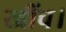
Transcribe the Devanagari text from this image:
खींच।